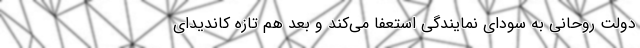
دولت روحانی به سودای نمایندگی استعفا می‌کند و بعد هم تازه کاندیدای